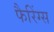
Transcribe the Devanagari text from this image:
फैरिंग्स